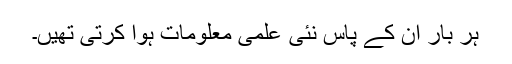
ہر بار ان کے پاس نئی علمی معلومات ہوا کرتی تھیں۔